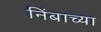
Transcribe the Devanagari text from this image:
निंबाच्या